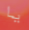
يا